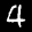
Label: 4